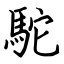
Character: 駝